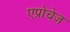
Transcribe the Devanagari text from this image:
एप्रोचेज़